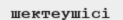
шектеушісі